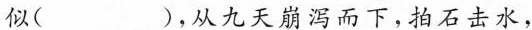
似( )，从九天崩泻而下，拍石击水，